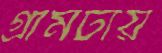
গ্রামটায়